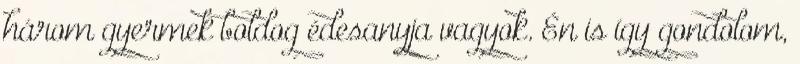
három gyermek boldog édesanyja vagyok. Én is így gondolom,